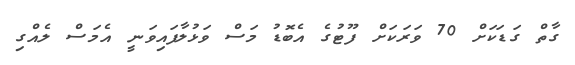
ގާތް ގަޑަކަށް 70 ވަރަކަށް ފޫޓުގެ އެބޮޑު މަސް ވަޅުލާފައިވަނީ އެމަސް ލެއްގި